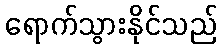
ရောက်သွားနိုင်သည်